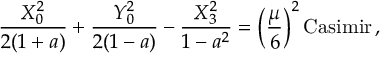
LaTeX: { \frac { X _ { 0 } ^ { 2 } } { 2 ( 1 + a ) } } + { \frac { Y _ { 0 } ^ { 2 } } { 2 ( 1 - a ) } } - { \frac { X _ { 3 } ^ { 2 } } { 1 - a ^ { 2 } } } = \left( { \frac { \mu } { 6 } } \right) ^ { 2 } \mathrm { C a s i m i r } \, ,